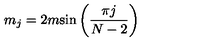
m _ { j } = 2 m { \sin \left( \frac { \pi j } { N - 2 } \right) }